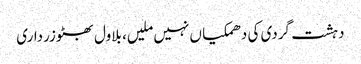
دہشت گردی کی دھمکیا ں نہیں ملیں، بلاول بھٹوزرداری